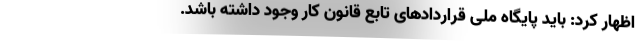
اظهار کرد: باید پایگاه ملی قراردادهای تابع قانون کار وجود داشته باشد.